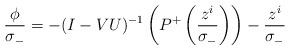
LaTeX: \begin{align*}\frac{\phi}{\sigma_{-}}=-(I-VU)^{-1}\left( P^{+} \left( \frac{z^{i}}{\sigma_{-}} \right) \right)-\frac{z^{i}}{\sigma_{-}}\end{align*}